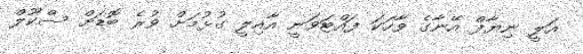
އަލީ ނިޔާފް އޭނާގެ ވާހަކަ ފައްޓަވަނީ އާއިލީ ގުޅުމަށް ވުރެ ބޮޑަށް ސްކޫލް